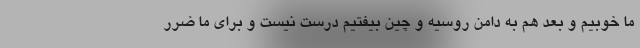
ما خوبیم و بعد هم به دامن روسیه و چین بیفتیم درست نیست و برای ما ضرر